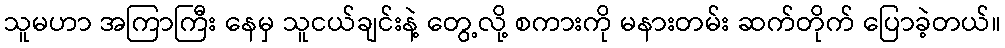
သူမဟာ အကြာကြီး နေမှ သူငယ်ချင်းနဲ့ တွေ့လို့ စကားကို မနားတမ်း ဆက်တိုက် ပြောခဲ့တယ်။